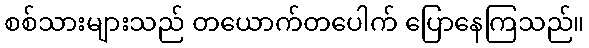
စစ်သားများသည် တယောက်တပေါက် ပြောနေကြသည်။